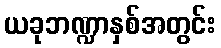
ယခုဘဏ္ဍာနှစ်အတွင်း